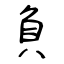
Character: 負